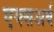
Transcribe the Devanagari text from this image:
एक्सअर्ब